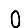
Digit: 0